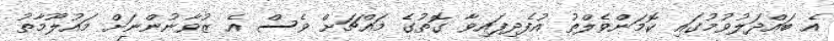
އެ ބައްދަލުވުމުގައި ކޮމަންވެލްތު އުފެދިފައިވާ ގޮތުގެ މައްޗަށް ވެސް އެ ޒުވާނުންނަށް މައުލޫމާތު